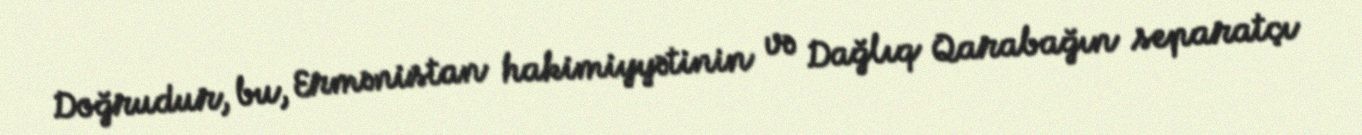
Doğrudur, bu, Ermənistan hakimiyyətinin və Dağlıq Qarabağın separatçı